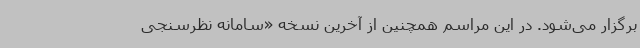
برگزار می‌شود. در این مراسم همچنین از آخرین نسخه «سامانه نظرسنجی